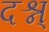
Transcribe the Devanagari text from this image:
दश्न्